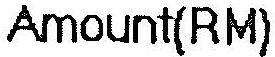
AMOUNT(RM)